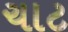
ચાટ